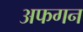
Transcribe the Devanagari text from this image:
अफगन